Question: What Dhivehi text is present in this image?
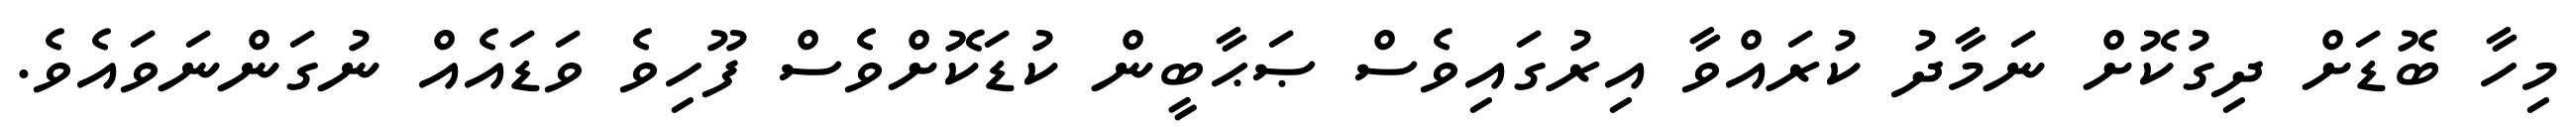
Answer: މިހާ ބޮޑަށް ދިގުކޮށް ނަމާދު ކުރައްވާ އިރުގައިވެސް ޞަޙާބީން ކުޑަކޮށްވެސް ފޫހިވެ ވަޑައެއް ނުގަންނަވައެވެ.